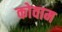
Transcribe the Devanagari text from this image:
कोवाम